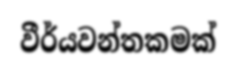
වීර්යවන්තකමක්